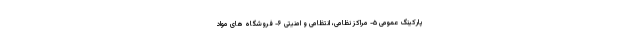
پارکینگ عمومی ۵- مراکز نظامی، انتظامی و امنیتی ۶- فروشگاه های مواد